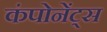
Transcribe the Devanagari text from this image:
कंपोनेंट्स